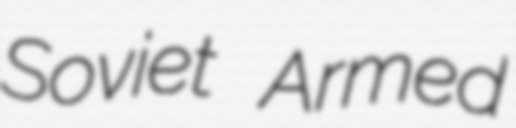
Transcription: Soviet Armed